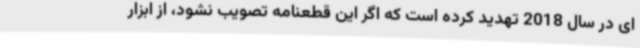
ای در سال 2018 تهدید کرده است که اگر این قطعنامه تصویب نشود، از ابزار